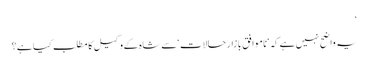
‘
یہ واضح نہیں ہے کہ ‘ناموافق بازار حالات ‘سے شاہ کے وکیل کا مطلب کیا ہے؟